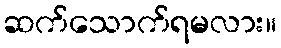
ဆက်သောက်ရမလား။